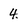
Character: 4